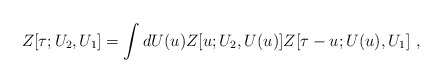
\begin{align*}Z[\tau;U_2,U_1]=\int dU(u) Z[u;U_2,U(u)]Z[\tau-u;U(u),U_1]\ ,\end{align*}